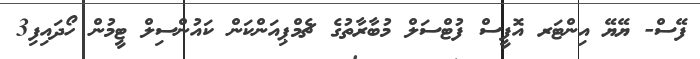
ފޭސް- ޔޭޔޭ އިންޓަރ އޮފީސް ފުޓްސަލް މުބާރާތުގެ ޗެމްޕިއަންކަން ކައުންސިލް ޓީމުން ހޯދައިފި3